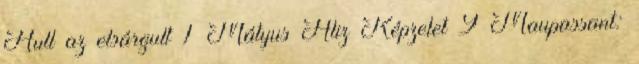
Hull az elsárgult 1 Mátyus Aliz Képzelet 9 Maupassant: